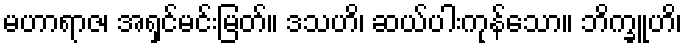
မဟာရာဇ၊ အရှင်မင်းမြတ်။ ဒသဟိ၊ ဆယ်ပါးကုန်သော။ ဘိက္ခူဟိ၊